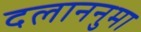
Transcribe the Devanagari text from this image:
दलाननुमा